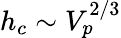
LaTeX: h_{c}\sim V_{p}^{2/3}